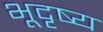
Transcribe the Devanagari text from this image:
भूदृष्य